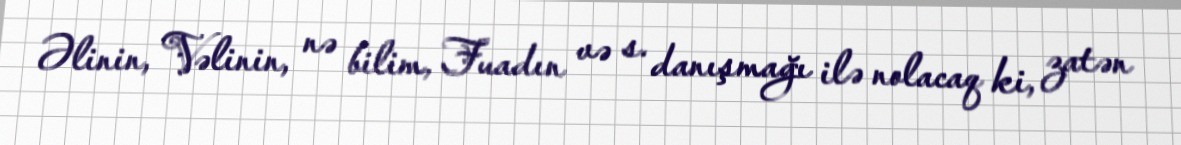
Əlinin, Vəlinin, nə bilim, Fuadın və s. danışmağı ilə nolacaq ki, zatən